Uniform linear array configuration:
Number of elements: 64
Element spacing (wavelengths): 1
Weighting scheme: hann
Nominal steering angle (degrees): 60
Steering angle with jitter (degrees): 58.039
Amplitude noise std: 0.05
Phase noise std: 0.05

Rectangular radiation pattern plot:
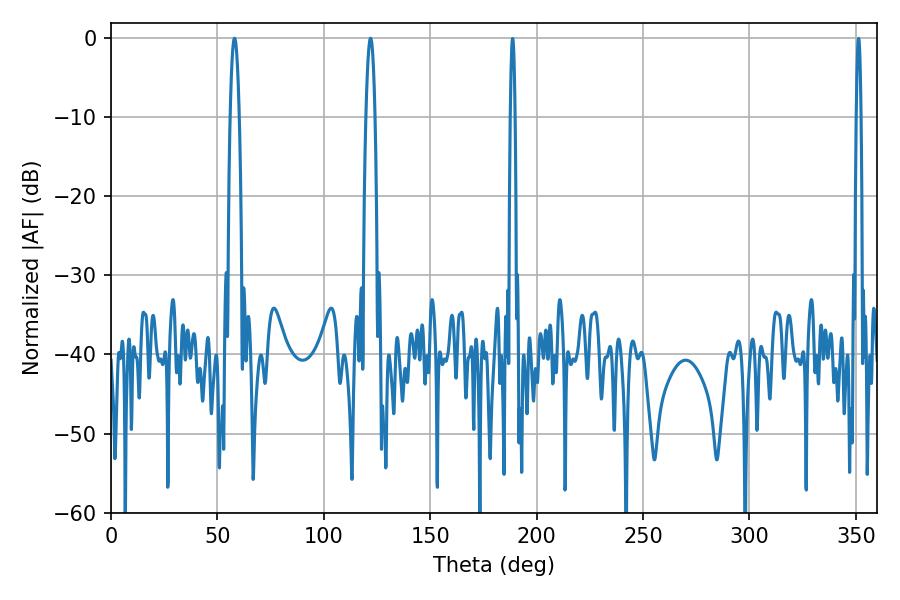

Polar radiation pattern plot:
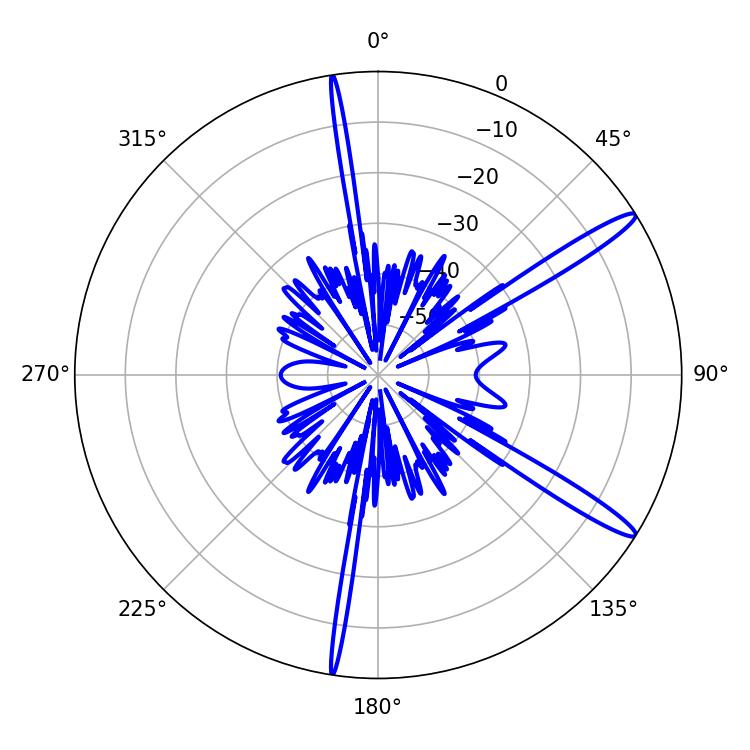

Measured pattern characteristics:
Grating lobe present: TRUE
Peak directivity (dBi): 14.601
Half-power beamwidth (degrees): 2.34
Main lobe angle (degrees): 57.96